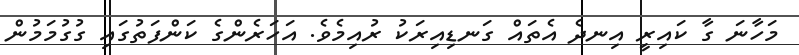
މަހާނަ ގާ ކައިރީ އިނދެ އެތައް ގަނޑިއިރަކު ރުއިމެވެ. އަހަރެންގެ ކަންފަތުގައި ގުގުމަމުން